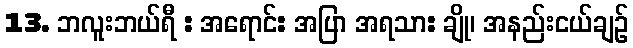
13. ဘလူးဘယ်ရီ : အရောင်: အပြာ အရသာ: ချို၊ အနည်းငယ်ချဉ်